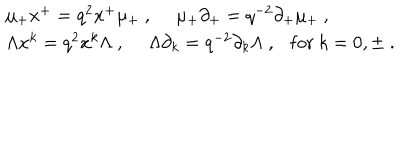
\begin{array} { l } { { \mu _ { + } x ^ { + } = q ^ { 2 } x ^ { + } \mu _ { + } ~ , ~ ~ \mu _ { + } \partial _ { + } = q ^ { - 2 } \partial _ { + } \mu _ { + } ~ , } } \\ { { \Lambda x ^ { k } = q ^ { 2 } x ^ { k } \Lambda ~ , ~ ~ \Lambda \partial _ { k } = q ^ { - 2 } \partial _ { k } \Lambda ~ , \mathrm { f o r } ~ k = 0 , \pm ~ . } } \\ \end{array}